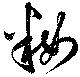
籹